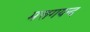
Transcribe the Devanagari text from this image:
मत्तगयन्द